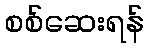
စစ်ဆေးရန်